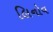
લિનોવ